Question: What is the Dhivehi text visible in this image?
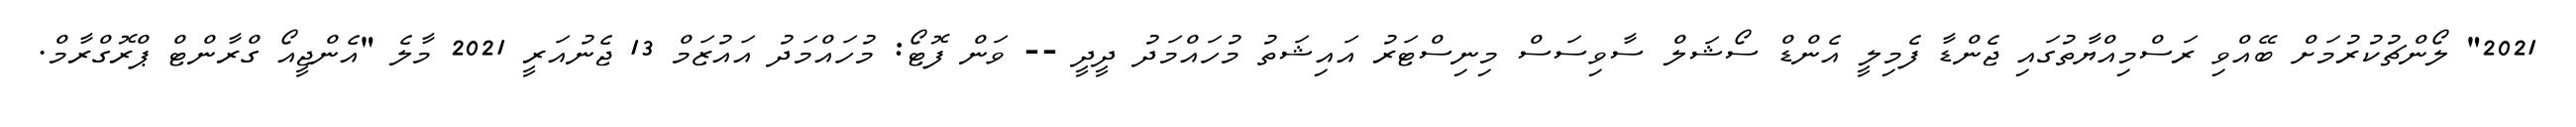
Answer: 2021" ލޯންޗުކުރުމަށް ބޭއްވި ރަސްމިއްޔާތުގައި ޖެންޑާ ފެމިލީ އެންޑް ސޯޝަލް ސާވިސަސް މިނިސްޓަރު އައިޝަތު މުހައްމަދު ދީދީ -- ވަން ފޮޓޯ: މުހައްމަދު އައުޒަމް 13 ޖެނުއަރީ 2021 މާލެ "އެންޖީއޯ ގްރާންޓް ޕްރޮގްރާމް.